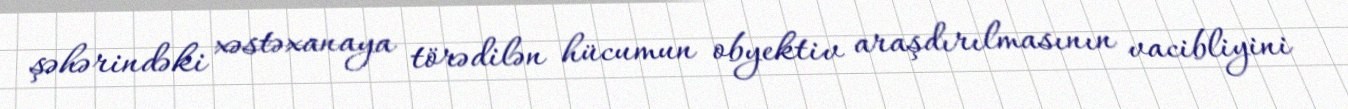
şəhərindəki xəstəxanaya törədilən hücumun obyektiv araşdırılmasının vacibliyini